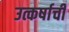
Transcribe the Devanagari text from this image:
उत्कर्षाची